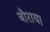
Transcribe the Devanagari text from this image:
बौराय।